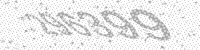
Solution: 296399